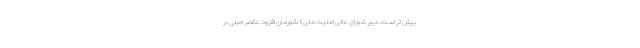
بیش تر است. دبیر شورای عالی امنیت ملی کشورمان افزود: مقصر اصلی در